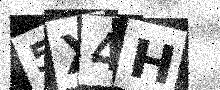
Text: 5X4H